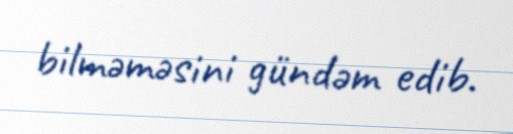
bilməməsini gündəm edib.